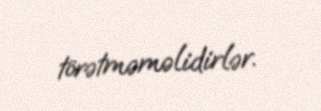
törətməməlidirlər.